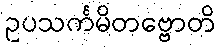
ဥပသင်္ကမိတဗ္ဗောတိ